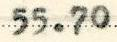
5.73